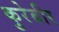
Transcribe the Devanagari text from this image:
कुरेबीर